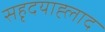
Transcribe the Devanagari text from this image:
सहृदयाह्लाद